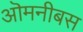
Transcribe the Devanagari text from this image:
ऒमनीबस